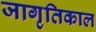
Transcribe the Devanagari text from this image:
जागृतिकाल